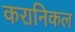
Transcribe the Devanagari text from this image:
करानिकल